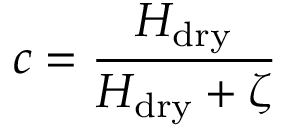
c = \frac { H _ { \mathrm { d r y } } } { H _ { \mathrm { d r y } } + \zeta }